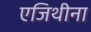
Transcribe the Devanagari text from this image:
एजिथीना